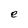
Character: e